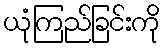
ယုံကြည်ခြင်းကို